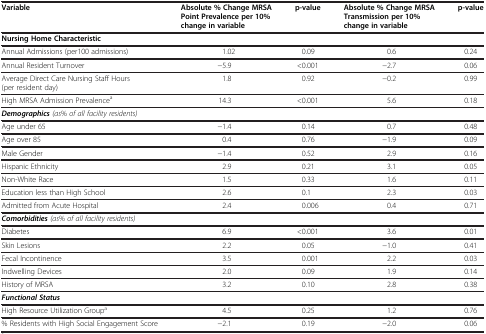
<table><thead><tr><td><b>Variable</b></td><td><b>Absolute %Change MRSA Point Prevalence per 10% change in variable</b></td><td><b>p-value</b></td><td><b>Absolute %Change MRSA Transmission per 10% change in variable</b></td><td><b>p-value</b></td></tr></thead><tbody><tr><td colspan="5"><b>Nursing Home Characteristic</b></td></tr><tr><td>Annual Admissions (per100 admissions)</td><td>1.02</td><td>0.09</td><td>0.6</td><td>0.24</td></tr><tr><td>Annual Resident Turnover</td><td>−5.9</td><td>&lt;0.001</td><td>−2.7</td><td>0.06</td></tr><tr><td>Average Direct Care Nursing Staff Hours (per resident day)</td><td>1.8</td><td>0.92</td><td>−0.2</td><td>0.99</td></tr><tr><td>High MRSA Admission Prevalence<sup>a</sup></td><td>14.3</td><td>&lt;0.001</td><td>5.6</td><td>0.18</td></tr><tr><td colspan="5"><b><i>Demographics</i></b><i>(as</i>% <i>of all facility residents)</i></td></tr><tr><td>Age under 65</td><td>−1.4</td><td>0.14</td><td>0.7</td><td>0.48</td></tr><tr><td>Age over 85</td><td>0.4</td><td>0.76</td><td>−1.9</td><td>0.09</td></tr><tr><td>Male Gender</td><td>−1.4</td><td>0.52</td><td>2.9</td><td>0.16</td></tr><tr><td>Hispanic Ethnicity</td><td>2.9</td><td>0.21</td><td>3.1</td><td>0.05</td></tr><tr><td>Non-White Race</td><td>1.5</td><td>0.33</td><td>1.6</td><td>0.11</td></tr><tr><td>Education less than High School</td><td>2.6</td><td>0.1</td><td>2.3</td><td>0.03</td></tr><tr><td>Admitted from Acute Hospital</td><td>2.4</td><td>0.006</td><td>0.4</td><td>0.71</td></tr><tr><td colspan="5"><b><i>Comorbidities</i></b><i>(as</i>% <i>of all facility residents)</i></td></tr><tr><td>Diabetes</td><td>6.9</td><td>&lt;0.001</td><td>3.6</td><td>0.01</td></tr><tr><td>Skin Lesions</td><td>2.2</td><td>0.05</td><td>−1.0</td><td>0.41</td></tr><tr><td>Fecal Incontinence</td><td>3.5</td><td>0.001</td><td>2.2</td><td>0.03</td></tr><tr><td>Indwelling Devices</td><td>2.0</td><td>0.09</td><td>1.9</td><td>0.14</td></tr><tr><td>History of MRSA</td><td>3.2</td><td>0.10</td><td>2.8</td><td>0.38</td></tr><tr><td colspan="5"><b><i>Functional Status</i></b></td></tr><tr><td>High Resource Utilization Group<sup>a</sup></td><td>4.5</td><td>0.25</td><td>1.2</td><td>0.76</td></tr><tr><td>% Residents with High Social Engagement Score</td><td>−2.1</td><td>0.19</td><td>−2.0</td><td>0.06</td></tr></tbody></table>